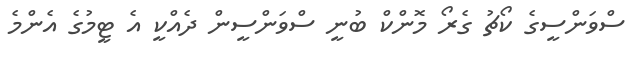
ސްވަންސީގެ ކޯޗު ގެރޯ މޮންކް ބުނީ ސްވަންސީން ދެއްކީ އެ ޓީމުގެ އެންމެ